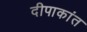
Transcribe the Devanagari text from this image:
दीपाकांत